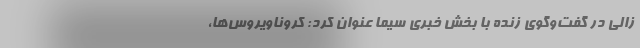
زالی در گفت‌وگوی زنده با بخش خبری سیما عنوان کرد: کروناویروس‌ها،